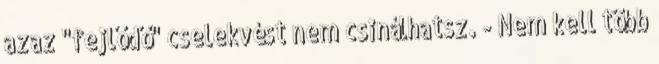
azaz "fejlődő" cselekvést nem csinálhatsz. - Nem kell több